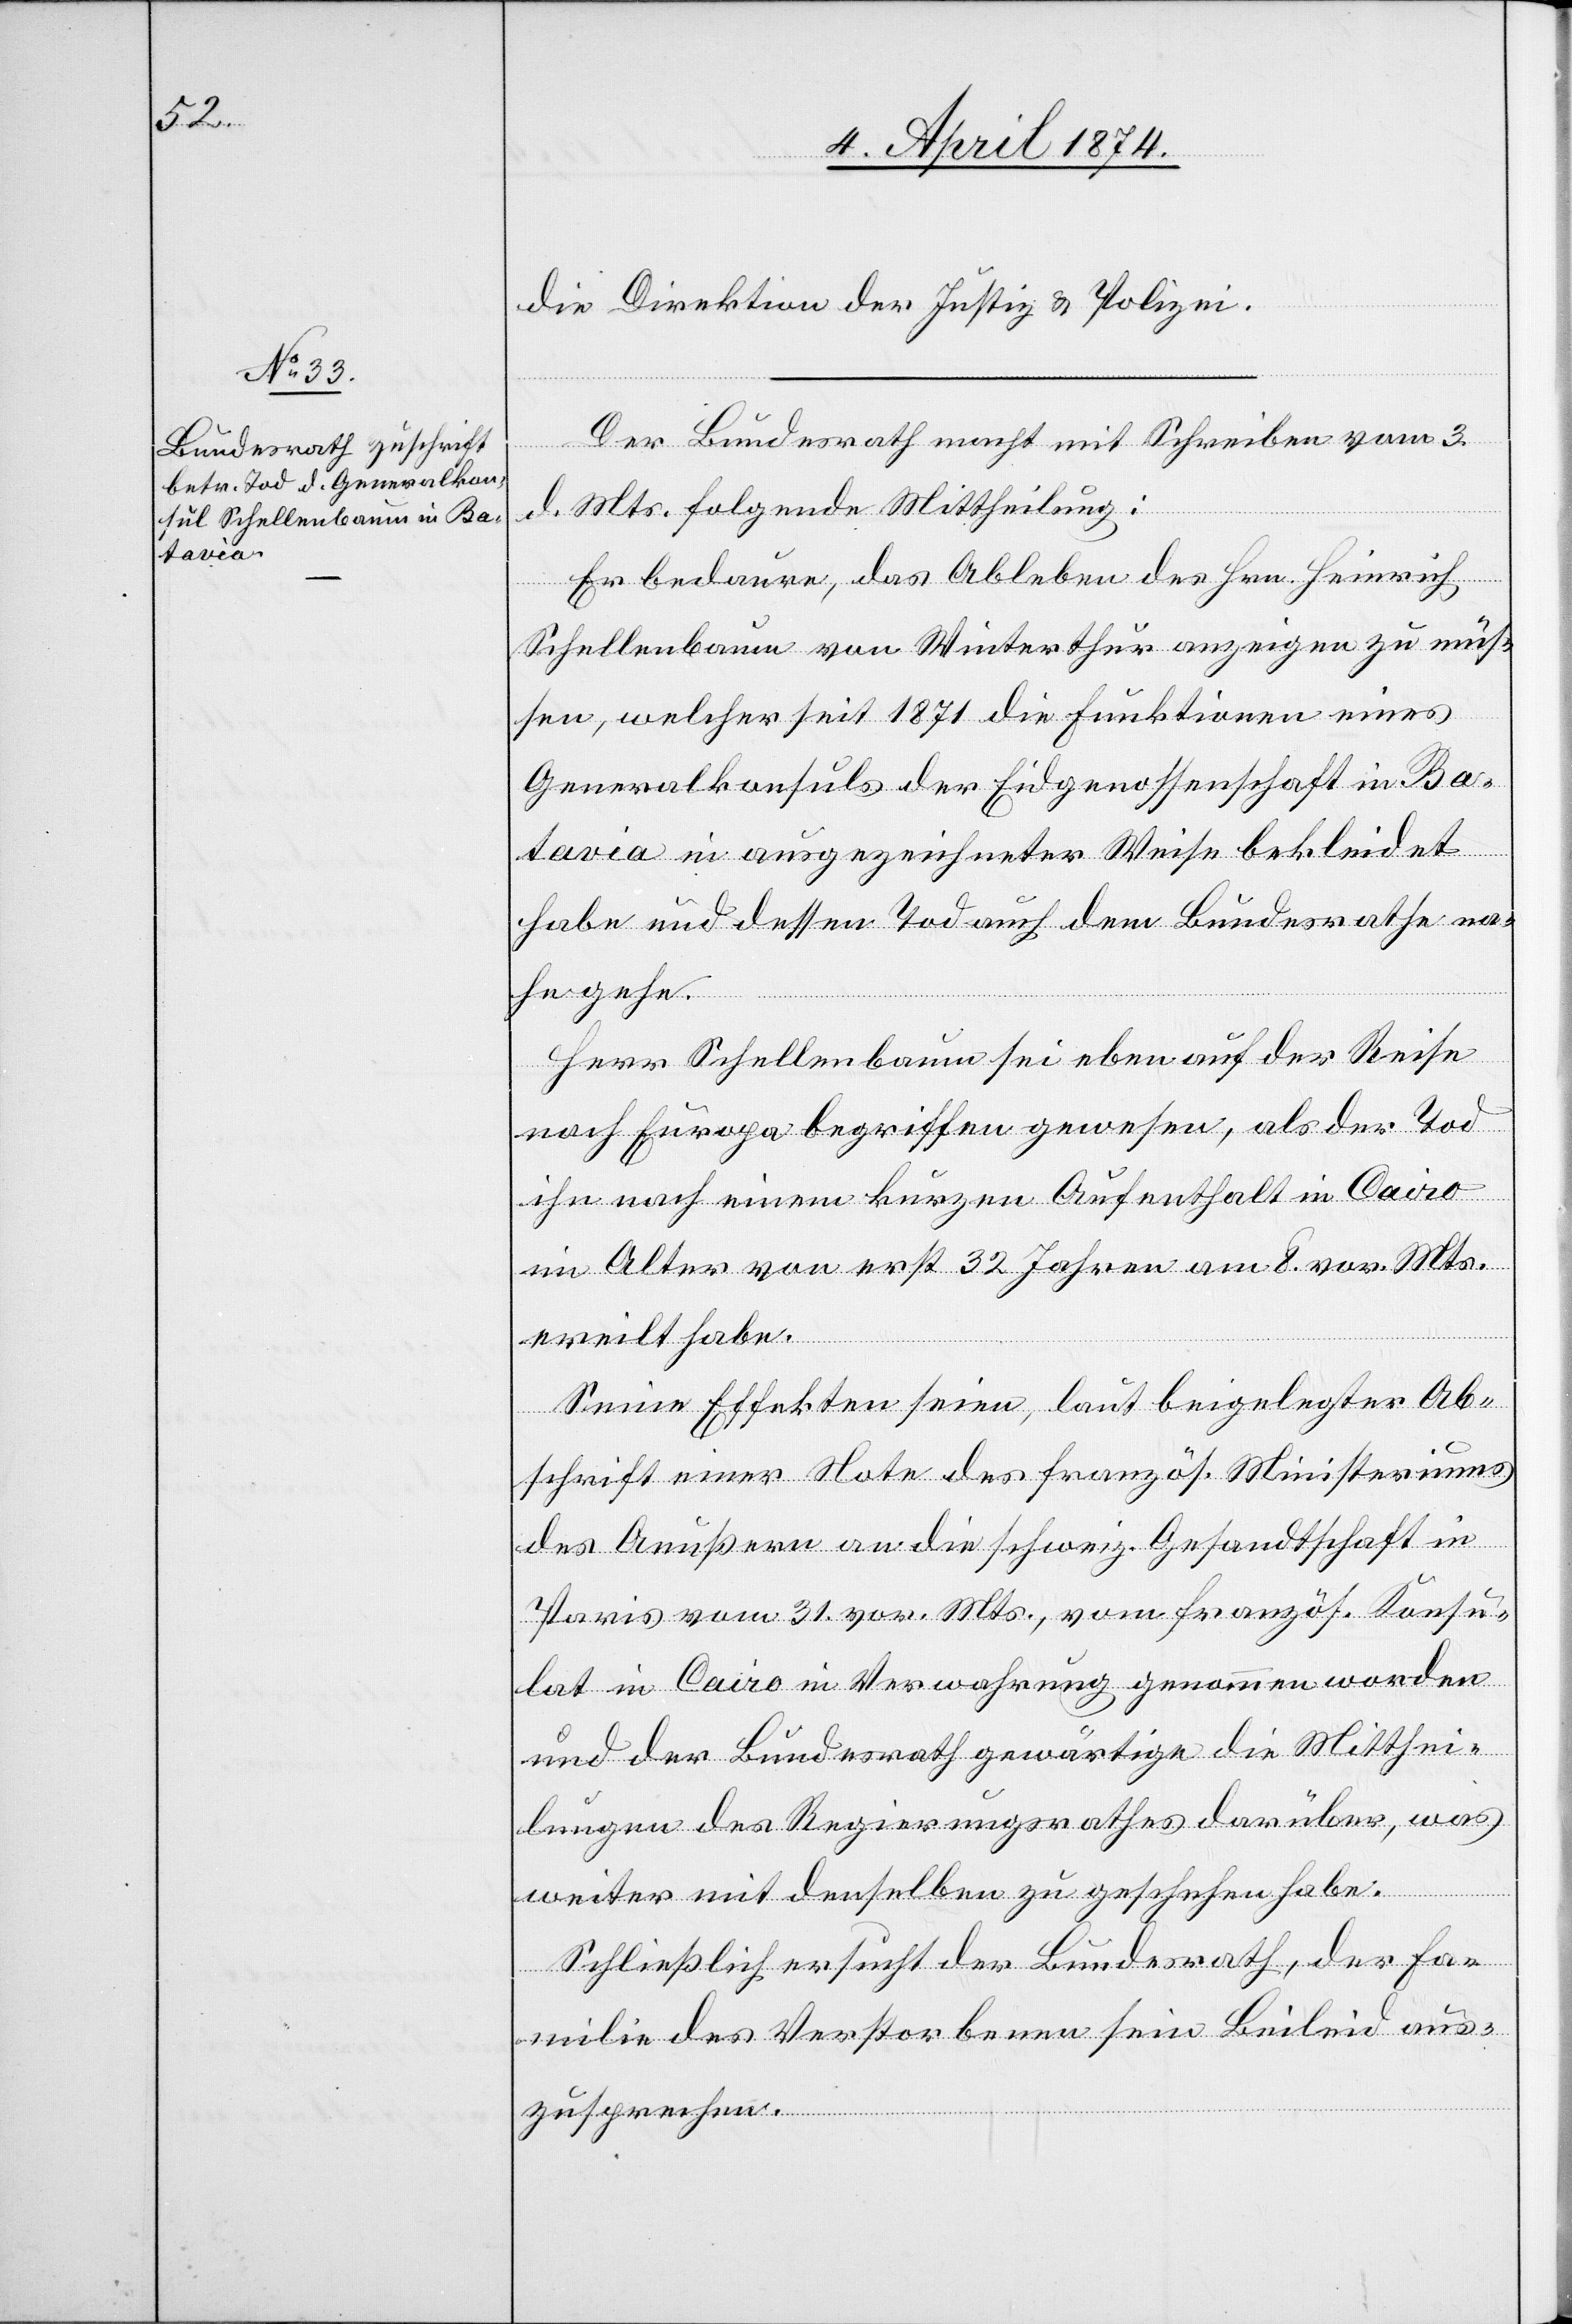
6. April 1874.]
die Direktion der Justiz u. Polizei.
Der Bundesrath macht mit Schreiben vom 3.
d. Mts. folgende Mittheilung:
Er bedaure, das Ableben des Hrn. Heinrich
Schellenbaum von Winterthur anzeigen zu müs¬
sen, welcher seit 1871 die Funktionen eines
Generalkonsuls der Eidgenossenschaft in Ba¬
tavia in ausgezeichneter Weise bekleidet
habe und dessen Tod auch dem Bundesrathe na¬
he gehe.
Herr Schellenbaum sei eben auf der Reise
nach Europa begriffen gewesen, als der Tod
ihn nach einem kurzen Aufenthalt in Cairo
im Alter von erst 32 Jahren am 8. vor. Mts.
ereilt habe.
Seine Effekten seien, laut beigelegter Ab¬
schrift einer Note des französ. Ministeriums
des Aeußern an die schweiz. Gesandtschaft in
Paris vom 31. vor. Mts., vom französ. Konsu¬
lat in Cairo in Verwahrung genommen worden
und der Bundesrath gewärtige die Mitthei¬
lungen des Regierungsrathes darüber, was
weiter mit denselben zu geschehen habe.
Schließlich ersucht der Bundesrath, der Fa¬
milie des Verstorbenen sein Beileid aus¬
zusprechen.